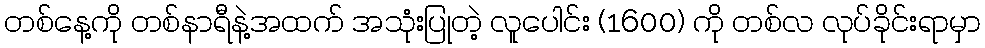
တစ်နေ့ကို တစ်နာရီနဲ့အထက် အသုံးပြုတဲ့ လူပေါင်း (1600) ကို တစ်လ လုပ်ခိုင်းရာမှာ